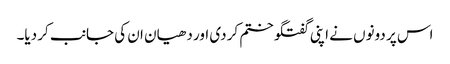
اس پر دونوں نے اپنی گفتگو ختم کر دی اور دھیان ان کی جانب کر دیا۔